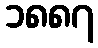
၁၈၈၇